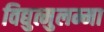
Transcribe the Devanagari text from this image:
विद्युत्मुलम्मा